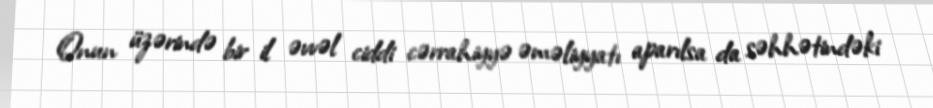
Onun üzərində bir il əvvəl ciddi cərrahiyyə əməliyyatı aparılsa da səhhətindəki